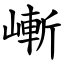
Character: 嶃